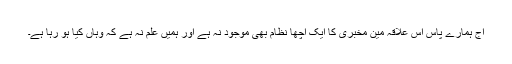
آج ہمارے پاس اس علاقہ مین مخبری کا ایک اچھا نظام بھی موجود نہ ہے اور ہمیں علم نہ ہے کہ وہاں کیا ہو رہا ہے۔